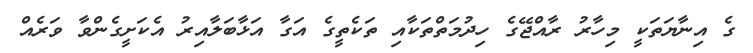
ގެ އިނާޔަތަކީ މިހާރު ރާއްޖޭގެ ހިދުމަތްތަކާއި ތަކެތީގެ އަގާ އަޅާބަލާއިރު އެކަށީގެންވާ ވަރެއް